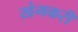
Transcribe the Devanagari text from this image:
खेमकरी